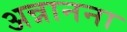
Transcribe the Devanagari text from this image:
अन्नानना